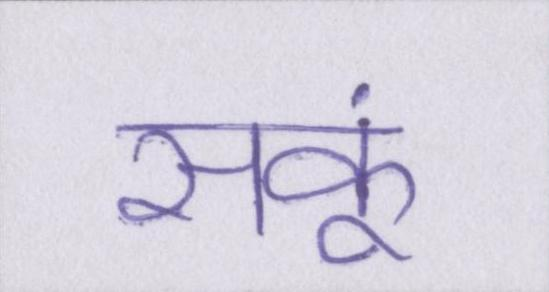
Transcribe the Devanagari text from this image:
सकूं